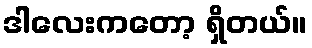
ဒါလေးကတော့ ရှိတယ်။